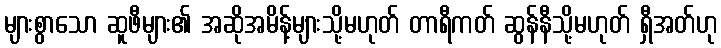
များစွာသော ဆူဖီများ၏ အဆိုအမိန့်များသို့မဟုတ် တာရီကတ် ဆွန်နီသို့မဟုတ် ရှီအတ်ဟု